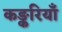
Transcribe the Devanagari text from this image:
कङ्करियाँ